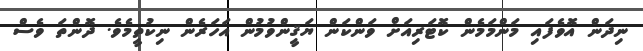
ނިދަން އޮވެފައި މަންމަމެން ކޮޓަރިއަށް ވަންކަން ޔަޤީންވުމުން އަހަރެން ނިކުތީމެވެ. ދޮންތަ ވެސް